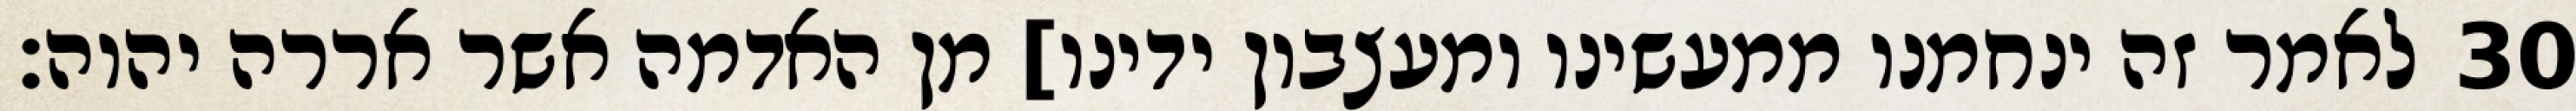
לאמר זה ינחמנו ממעשינו ומעצבון ידינו] מן האדמה אשר אררה יהוה׃ ‎30‏